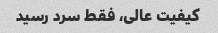
کیفیت عالی، فقط سرد رسید